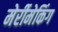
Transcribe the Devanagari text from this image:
मेर्रीमेकिंग